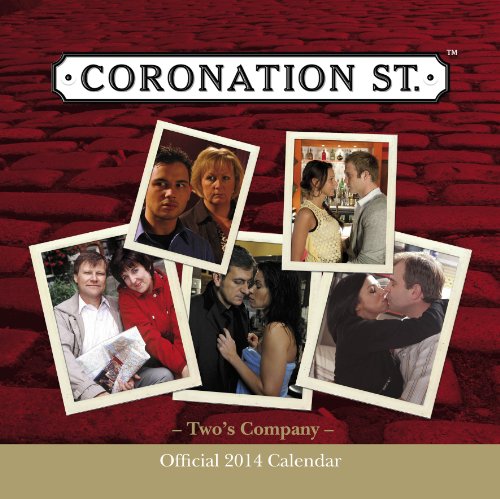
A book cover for Official Coronation Street 2014 Calendar; Calendars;